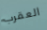
العقرب